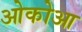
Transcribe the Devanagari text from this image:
ओकोआ